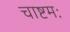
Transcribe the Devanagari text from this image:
चाष्टमः